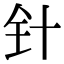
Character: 针